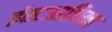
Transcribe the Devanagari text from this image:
ईस्टआफ्रिका